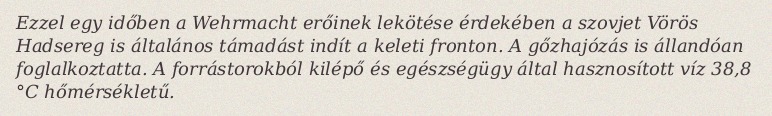
Ezzel egy időben a Wehrmacht erőinek lekötése érdekében a szovjet Vörös Hadsereg is általános támadást indít a keleti fronton. A gőzhajózás is állandóan foglalkoztatta. A forrástorokból kilépő és egészségügy által hasznosított víz 38,8 °C hőmérsékletű.